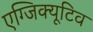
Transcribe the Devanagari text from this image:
एग्जिक्यूटिव